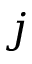
j